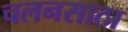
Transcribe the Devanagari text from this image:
चलनसाठा